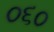
૦૬૦